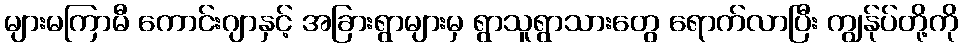
များမကြာမီ ကောင်းဂျာနှင့် အခြားရွာများမှ ရွာသူရွာသားတွေ ရောက်လာပြီး ကျွန်ုပ်တို့ကို